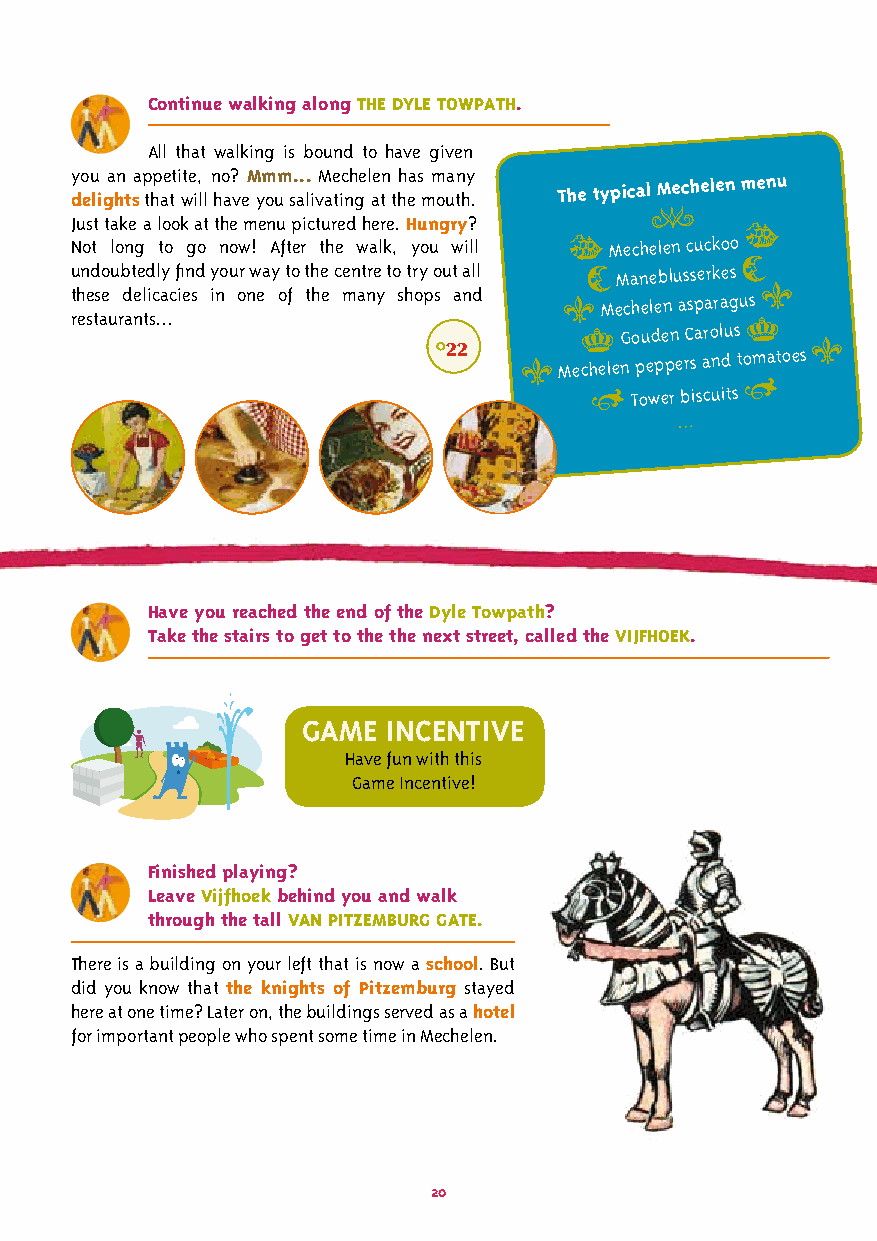
Continue walking along THE DYLE TOWPATH.
 All that walking is bound to have given
 y do eu li ga hn t sa p thp ae tt i wte i, l l n ho a? v eM ym oum s. a.. li vM ae tic nh ge l ae tn thh ea s m m ouan thy . The typical Mechelen menu
 Just take a look at the menu pictured here. Hungry?
 
 
 Not long to go now! After the walk, you will  Mechelen cuckoo
 
 undoubtedly find your way to the centre to try out all  Maneblusserkes
 these delicacies in one of the many shops and  Mechelen asparagus 
 restaurants...                     Gouden Carolus 
 °22    Mechelen peppers and tomatoes 
   Tower biscuits 
 …
 Have you reached the end of the Dyle Towpath?
 Take the stairs to get to the the next street, called the VIJFHOEK.
 GAME  INCENTIVE
 Have fun with this
 Game Incentive!
 Finished playing?
 Leave Vijfhoek behind you and walk
 through the tall VAN PITZEMBURG GATE.
 There is a building on your left that is now a school. But
 did you know that the knights of Pitzemburg stayed
 here at one time? Later on, the buildings served as a hotel
 for important people who spent some time in Mechelen.
 20